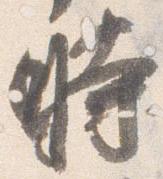
時